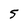
Character: 5